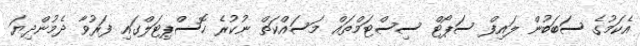
އެކަމުގެ ސަބަބުން ލައިފް ސަޕޯޓް ސިސްޓަމްތައް މަސައްކަތް ނުކުރެ ހޮސްޕިޓަލްގައި ފަރުވާ ދެމުންދިޔަ